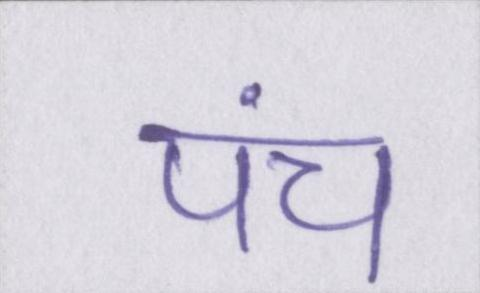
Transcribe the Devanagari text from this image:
पंच